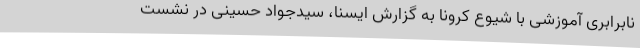
نابرابری آموزشی با شیوع کرونا به گزارش ایسنا، سیدجواد حسینی در نشست